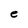
Character: e